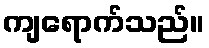
ကျရောက်သည်။